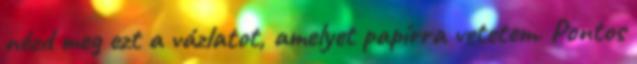
nézd meg ezt a vázlatot, amelyet papírra vetetem. Pontos